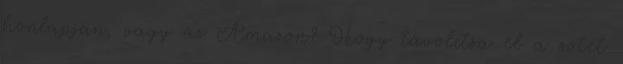
honlapján, vagy az Amazon? Hogy távolítsa el a sötét